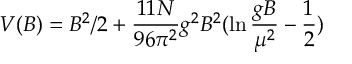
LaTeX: V ( B ) = B ^ { 2 } / 2 + \frac { 1 1 N } { 9 6 \pi ^ { 2 } } g ^ { 2 } B ^ { 2 } ( \ln \frac { g B } { \mu ^ { 2 } } - \frac { 1 } { 2 } )